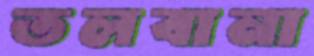
তলবানা